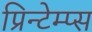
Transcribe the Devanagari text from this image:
प्रिन्टेम्प्स